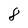
Character: 8